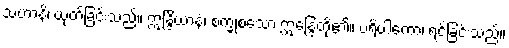
သံဟာနိ၊ ယုတ်ခြင်းသည်။ ဣန္ဒြိယာနံ၊ စက္ခုစသော ဣန္ဒြေတို့၏။ ပရိပါကော၊ ရင့်ခြင်းသည်။